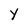
Character: Y